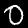
Label: 0